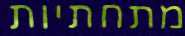
מתחתיות